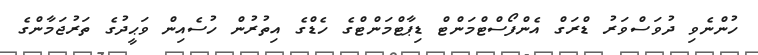
ހުންނެވި ދުވަސްވަރު ޑްރަގް އެންފޯސްޓްމަންޓް ޑިޕާޓްމަންޓްގެ ހެޑްގެ އިތުރުން ހުސެއިން ވަޙީދުގެ ތަރުޖަމާންގެ